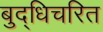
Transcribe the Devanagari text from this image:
बुद्धिचरित